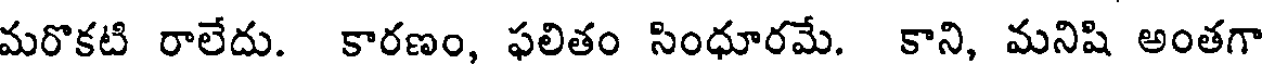
మరొకటి రాలేదు. కారణం, ఫలితం సింధూరమే. కాని, మనిషి అంతగా